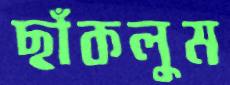
ছাঁকলুম